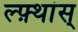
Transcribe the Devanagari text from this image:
ल्फ़्थांस्